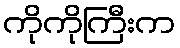
ကိုကိုကြီးက